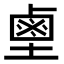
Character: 𪉖